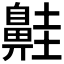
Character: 𪖢